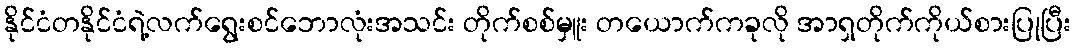
နိုင်ငံတနိုင်ငံရဲ့လက်ရွေးစင်ဘောလုံးအသင်း တိုက်စစ်မှူး တယောက်ကခုလို အာရှတိုက်ကိုယ်စားပြုပြီး